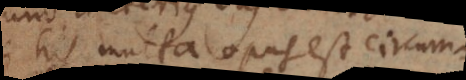
his multa opus est circum